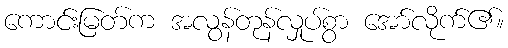
ကောင်းမြတ်က အလွန်တုန်လှုပ်စွာ အော်လိုက်၏။